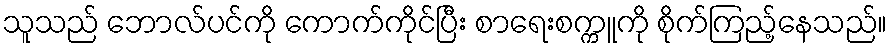
သူသည် ဘောလ်ပင်ကို ကောက်ကိုင်ပြီး စာရေးစက္ကူကို စိုက်ကြည့်နေသည်။